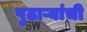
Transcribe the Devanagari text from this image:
पुढाऱ्यांची